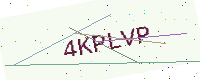
Text: 4KPLVP